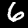
Label: 6